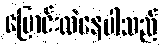
ပြောင်းလဲနေပါသည်